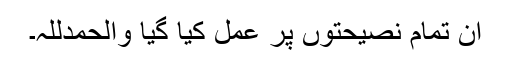
ان تمام نصیحتوں پر عمل کیا گیا والحمدللہ۔